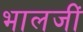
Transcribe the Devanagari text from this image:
भालजीं